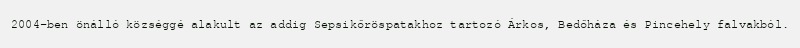
2004-ben önálló községgé alakult az addig Sepsikőröspatakhoz tartozó Árkos, Bedőháza és Pincehely falvakból.